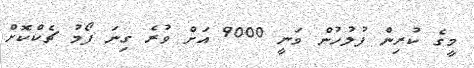
މީގެ ކުރިން ފުލުހުން ވަނީ 9000 އަށް ވުރެ ގިނަ ފޯމު ޗެކްކޮށް